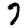
Digit: 7